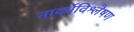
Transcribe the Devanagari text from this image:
नार्कोविश्लेषण